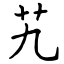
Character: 艽